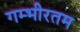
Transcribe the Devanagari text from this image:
गम्भीरतम